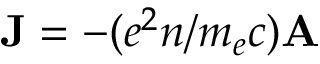
{ \bf J } = - ( e ^ { 2 } n / m _ { e } c ) { \bf A }